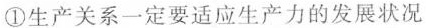
①生产关系一定要适应生产力的发展状况